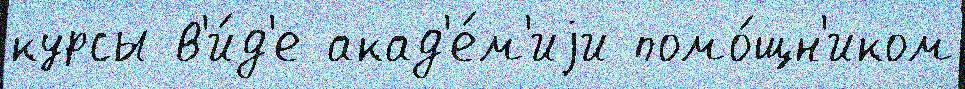
курсы в'и́д'е акад'е́м'иjи помо́щн'иком